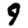
Digit: 9